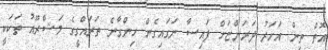
އޮތް ތިން އަހަރު ދަރަންޏަށް ފައިސާ ނަގައިގެން ހިންގާނެ ތަރައްގީގެ މަޝްރޫއު ތަކަކީ